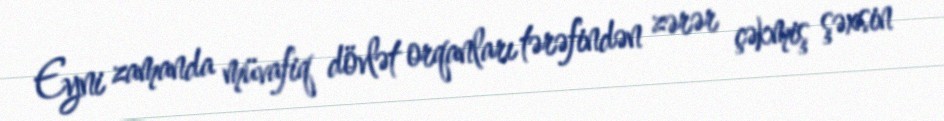
Eyni zamanda müvafiq dövlət orqanları tərəfindən zərər çəkmiş şəxsin